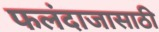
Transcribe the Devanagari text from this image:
फलंदाजासाठी